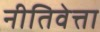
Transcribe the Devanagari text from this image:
नीतिवेत्ता